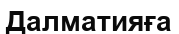
Далматияға